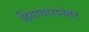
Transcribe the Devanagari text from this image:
हिंसाचारानंतर